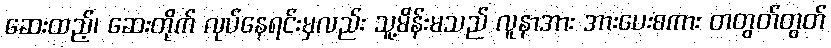
ဆေးထည့်၊ ဆေးတိုက် လုပ်နေရင်းမှလည်း သူ့မိန်းမသည် လူနာအား အားပေးစကား တတွတ်တွတ်